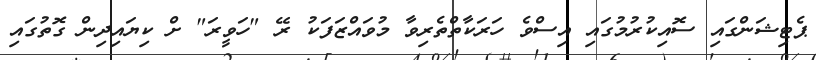
ޕެޓިޝަންގައި ސޮއިކުރުމުގައި އިސްވެ ހަރަކާތްތެރިވާ މުވައްޒަފަކު ރޭ "ހަވީރަ" ށް ކިޔައިދިން ގޮތުގައި